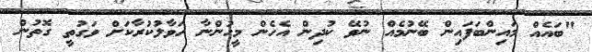
"ބައެއް މައިންބަފައިން ބޭނުމެއް ނުވޭ ކުދިން އެހެން މީހުންނާ ހަވާލުކުރާކަށް ވަގުތީ ގޮތުން